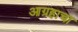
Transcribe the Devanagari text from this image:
आग्रहाचा